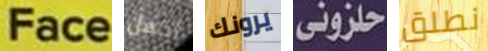
Face اكمل يرونك حلزوني نطلق